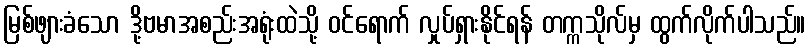
မြစ်ဖျားခံသော ဒို့ဗမာအစည်းအရုံးထဲသို့ ဝင်ရောက် လှုပ်ရှားနိုင်ရန် တက္ကသိုလ်မှ ထွက်လိုက်ပါသည်။